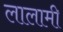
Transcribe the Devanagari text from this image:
लालामी